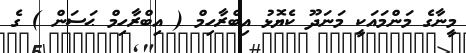
މީނާގެ މަންމައަކީ މަނަދޫ ކެޔޮޅު އިބްރާހިމް ( އިބްރާހިމް ޙަސަން ) ގެ